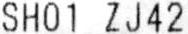
SH01 ZJ42